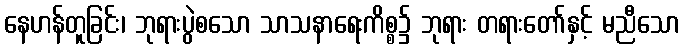
နေဟန်တူခြင်း၊ ဘုရားပွဲစသော သာသနာရေးကိစ္စ၌ ဘုရား တရားတော်နှင့် မညီသော